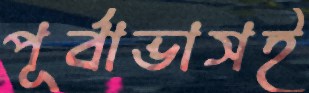
পূর্বাভাসই